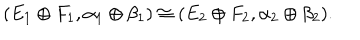
LaTeX: ( E _ { 1 } \oplus F _ { 1 } , \alpha _ { 1 } \oplus \beta _ { 1 } ) \cong ( E _ { 2 } \oplus F _ { 2 } , \alpha _ { 2 } \oplus \beta _ { 2 } ) .